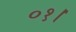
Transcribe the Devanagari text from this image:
०१।